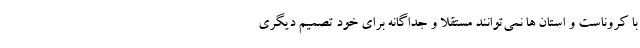
با کروناست و استان ها نمی‌توانند مستقلا و جداگانه برای خود تصمیم دیگری